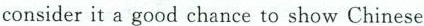
considerit a good chance to show Chinese